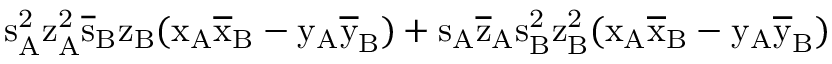
\mathrm { s _ { A } ^ { 2 } \mathrm { z _ { A } ^ { 2 } \mathrm { \overline { { s } } _ { B } \mathrm { z _ { B } ( \mathrm { x _ { A } \mathrm { \overline { { x } } _ { B } - \mathrm { y _ { A } \mathrm { \overline { { y } } _ { B } ) + \mathrm { s _ { A } \mathrm { \overline { { z } } _ { A } \mathrm { s _ { B } ^ { 2 } \mathrm { z _ { B } ^ { 2 } ( \mathrm { x _ { A } \mathrm { \overline { { x } } _ { B } - \mathrm { y _ { A } \mathrm { \overline { { y } } _ { B } ) } } } } } } } } } } } } } } } }